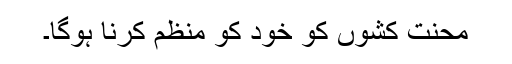
محنت کشوں کو خود کو منظم کرنا ہوگا۔